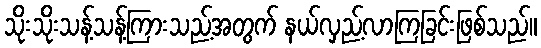
သိုးသိုးသန့်သန့်ကြားသည့်အတွက် နယ်လှည့်လာကြခြင်းဖြစ်သည်။